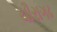
ચૌરાગઢ